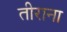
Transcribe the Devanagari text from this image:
तीराना